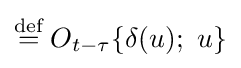
\mathrel {\stackrel {\text{def}}{=}} O_{t-\tau }\{\delta (u);\ u\}